Production of alkali in liquid media by the Bacillus pestis - Number 33
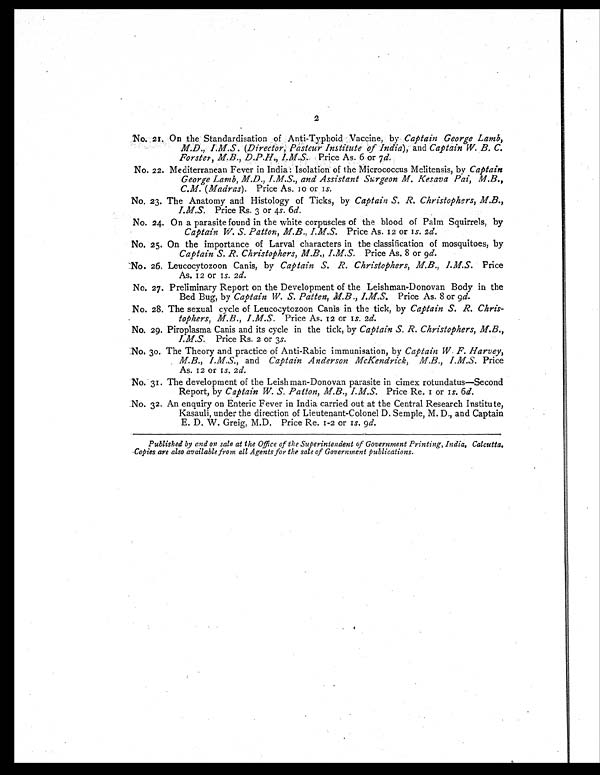
2
No. 2. On the Standardisation of Anti-Typhoid Vaccine, by Captain George Lamb,
M.D., I.M.S. (Director, Pasteur Institute of India), and Captain W. B. C.
Forster, M.B., D.P.H., I.M.S. Price As. 6 or 7d.
No. 22. Mediterranean Fever in India: Isolation of the Micrococcus Melitensis, by Captain
George Lamb, M.D., I.M.S., and Assistant Surgeon M. Kesava Pai, M.B.,
C.M. (Madras). Price As, 10 or 1s.
No. 23. The Anatomy and Histology of Ticks, by Captain S. R. Christophers, M.B.,
I.M.S. Price Rs. 3 or 4 s . 6d.
No. 24. On a parasite found in the white corpuscles of the blood of Palm Squirrels, by
Captain W. S. Patton, M.B., I.M.S. Price As. 12 or 1 s. 2d.
No. 25. On the importance of Larval characters in the classification of mosquitoes, by
Captain S. R. Christophers, M.B., I.M.S. Price As. 8 or 9d.
No. 26. Leucocytozoon Canis, by Captain S. R. Christophers, M.B., I.M.S. Price
As. 12 or 1s. 2 d.
No. 27. Preliminary Report on the Development of the Leishman-Donovan Body in the
Bed Bug, by Captain W. S. Patten, M.B., I.M.S. Price As. 8 or 9 d.
No. 28. The sexual cycle of Leucocytozoon Canis in the tick, by Captain S. R. Chris-
-
tophers, M.B., I.M.S. Price As. 12 or 1s. 2d.
No. 29. Piroplasma Canis and its cycle in the tick, by Captain S. R. Christophers, M.B.,
I.M.S. Price Rs. 2 or 3 s.
No. 30. The Theory and practice of Anti-Rabic immunisation, by Captain W. F. Harvey,
M.B., I.M.S., and Captain Anderson McKendrick, I.M.S. Price
AS. 12 or 1s. 2d.
No. 31. The development of the Leish man-Donovan parasite in cimex rotundatus—Second
Report, by Captain W. S. Patton, M.B., I.M.S.
Price Re, 1 or 1 s. 6d.
No. 32. An enquiry on Enteric Fever in India carried out at the Central Research Institute,
Kasauli, under the direction of Lieutenant-Colonel D. Semple, M. D., and Captain
E. D. W. Greig, M.D. Price Re. 1.2 or 1 s . 9 d.
Published by and on sale at the Office of the Superintendent of Government Printing, India, Calcutta,
"Copies are also available from all Agents for the sale of Government publications.